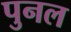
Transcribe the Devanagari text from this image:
पुनल